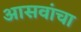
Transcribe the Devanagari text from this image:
आसवांचा